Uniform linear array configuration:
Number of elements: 4
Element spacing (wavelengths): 0.75
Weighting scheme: kaiser
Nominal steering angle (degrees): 0
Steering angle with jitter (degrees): -0.05317
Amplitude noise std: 0.05
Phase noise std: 0.05

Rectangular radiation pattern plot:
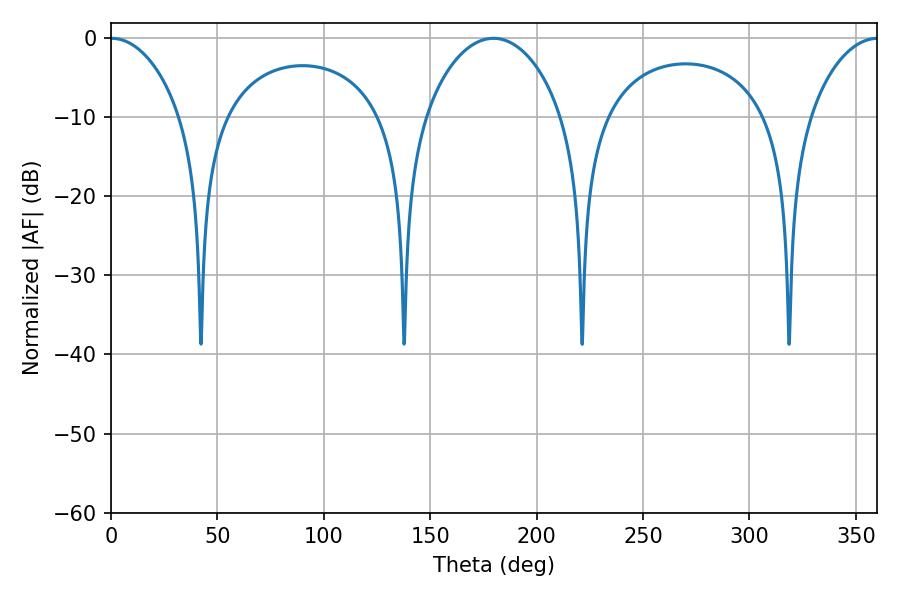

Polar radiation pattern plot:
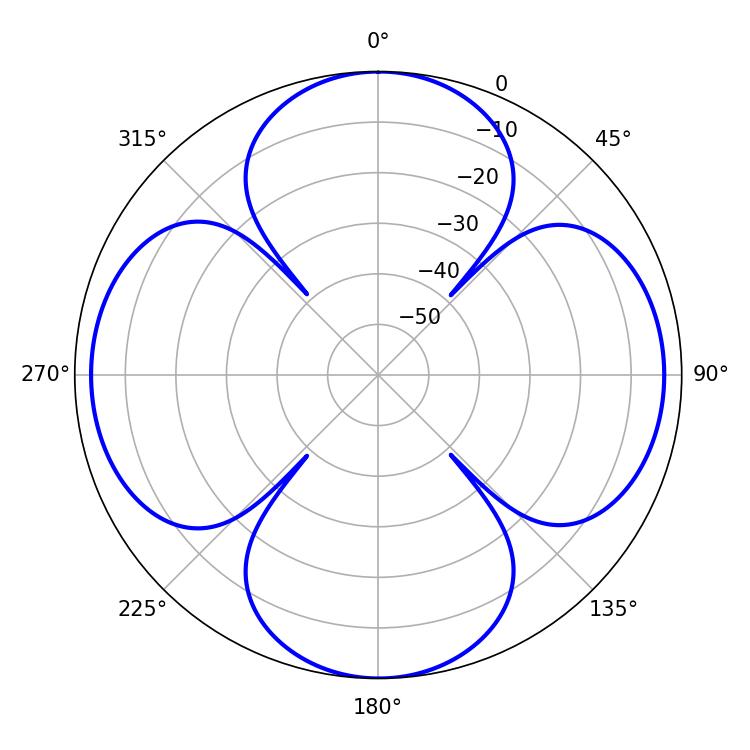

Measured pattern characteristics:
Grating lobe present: TRUE
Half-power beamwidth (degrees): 18.72
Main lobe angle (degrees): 0.36